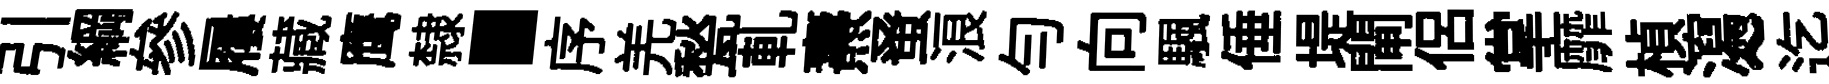
引綱參屨藏鹰隸·序羌甃軋燾𫊫浪匀向颿倕堤閘侣掌靡楨瀉~迄禄